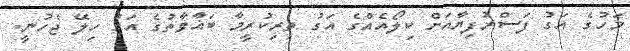
މަހުގެ އަގު ފަސްރުފިޔާއަށް ކިލޯއެއްގެ އަގު ތިރިކުރީމާ ބަޣާވާތުގެ އަގު ހިލޭ ޖެހުނީ.